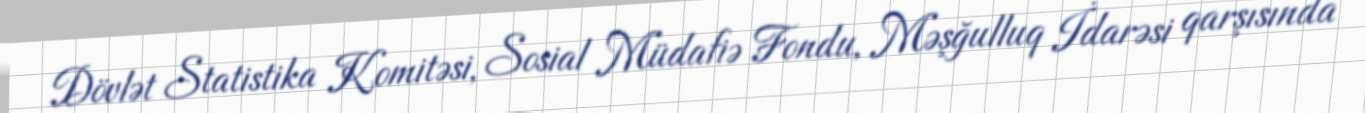
Dövlət Statistika Komitəsi, Sosial Müdafiə Fondu, Məşğulluq İdarəsi qarşısında